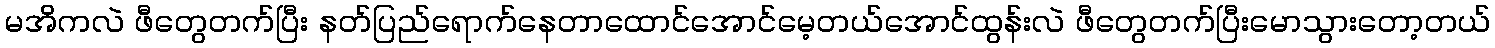
မအိကလဲ ဖီတွေတက်ပြီး နတ်ပြည်ရောက်နေတာထောင်အောင်မေ့တယ်အောင်ထွန်းလဲ ဖီတွေတက်ပြီးမောသွားတော့တယ်